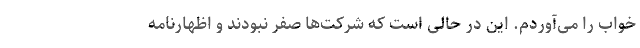
خواب را می‌آوردم. این در حالی است که شرکت‌ها صفر نبودند و اظهارنامه